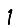
Digit: 1